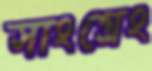
সাংগ্রেং